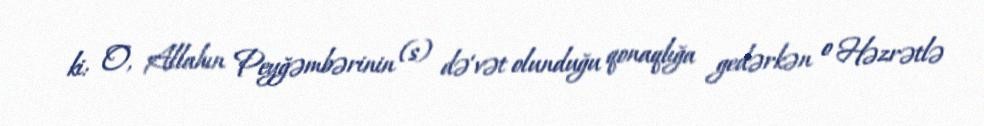
ki: O, Allahın Peyğəmbərinin (s) də‘vət olunduğu qonaqlığa gedərkən o Həzrətlə